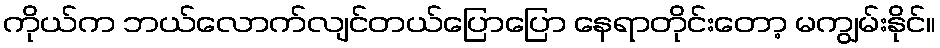
ကိုယ်က ဘယ်လောက်လျင်တယ်ပြောပြော နေရာတိုင်းတော့ မကျွမ်းနိုင်။